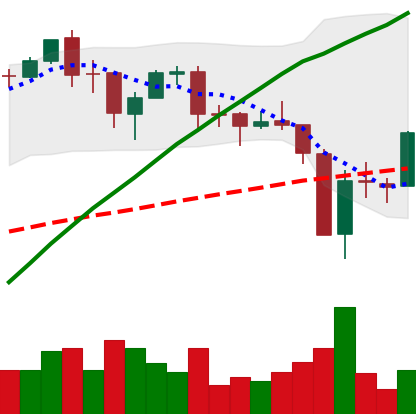
Ticker: BTC-USD
Chart end date: 2017-09-18
Forward return: -6.711%
Label: down_5_7